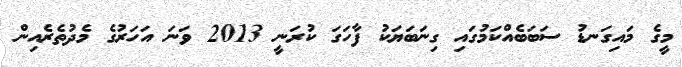
މީގެ މައިގަނޑު ސަބަބެއްކަމުގައި ގިނަބަޔަކު ފާހަގަ ކުރަނީ 2013 ވަނަ އަހަރުގެ މެދުތެރެއިން